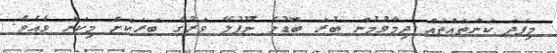
މިފަދަ ކަންތައްތައް ދިމާވުމުން ބުރަ ބޮޑުވެ ނޫފުލޭ ވަރުގެ ބަރަކަށް މިކަން ވެއެވެ.